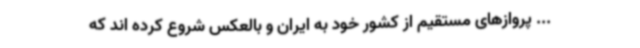
... پروازهای مستقیم از کشور خود به ایران و بالعکس شروع کرده اند که